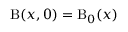
\mathrm { B } ( \boldsymbol { x } , 0 ) = \mathrm { B } _ { 0 } ( \boldsymbol { x } )